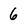
Character: 6